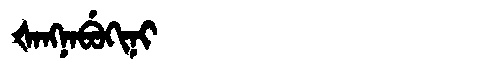
Manchu: ᡧᠠᠩᠨᠠᠪᡠᡴᡳᠨᡳ
Romanization: ŠANGNABUKINI